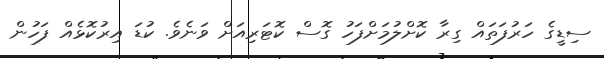
ސިޑީގެ ހަރުފަތައް ގިރާ ކޮށްލުމަށްފަހު ގޮސް ކޮޓަރިއަށް ވަނެވެ. ކުޑަ އިރުކޮޅެއް ފަހުން